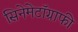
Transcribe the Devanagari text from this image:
सिनेमेटॉग्राफी